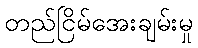
တည်ငြိမ်အေးချမ်းမှု